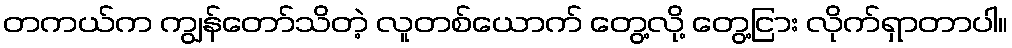
တကယ်က ကျွန်တော်သိတဲ့ လူတစ်ယောက် တွေ့လို့ တွေ့ငြား လိုက်ရှာတာပါ။